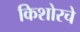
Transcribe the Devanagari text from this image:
किशोरचे